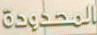
المحدودة